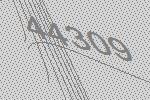
44309